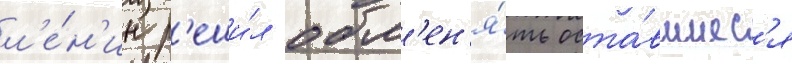
л'е́н'ин р'еши́л обм'ен'я́ть оста́вшиес'я